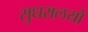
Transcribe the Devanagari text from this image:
सुधरालयों